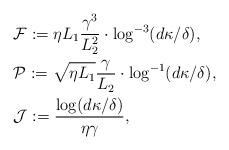
LaTeX: \begin{align*}&\mathcal F := \eta L_1 \frac{\gamma^3}{L_2^2}\cdot \log^{-3}(d\kappa /\delta), \\&\mathcal P :=\sqrt{\eta L_1}\frac{\gamma}{L_2} \cdot \log^{-1}(d\kappa /\delta), \\&\mathcal J := \frac{\log (d\kappa /\delta)}{\eta \gamma},\end{align*}